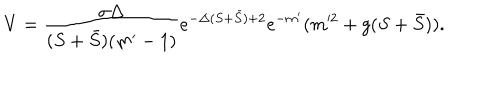
V = \frac { \sigma \Delta } { ( S + \bar { S } ) ( m ^ { \prime } - 1 ) } e ^ { - \Delta ( S + \bar { S } ) + 2 } e ^ { - m ^ { \prime } } ( m ^ { 2 } + g ( S + \bar { S } ) ) .